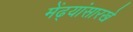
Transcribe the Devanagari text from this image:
मेंढ्यांसारखे